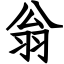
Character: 翁